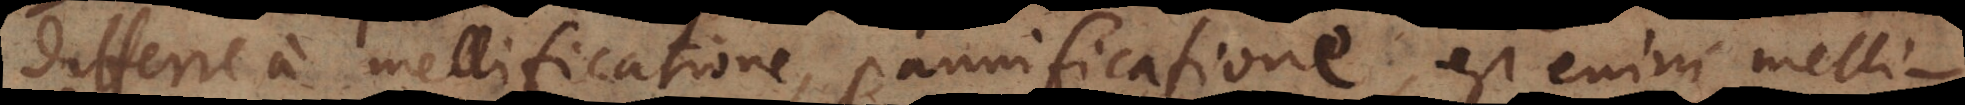
differre a mellificatione, pannificatione, est enim melli